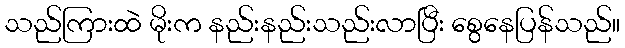
သည်ကြားထဲ မိုးက နည်းနည်းသည်းလာပြီး စွေနေပြန်သည်။